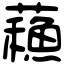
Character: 蘓